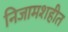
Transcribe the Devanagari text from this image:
निजामशहीत